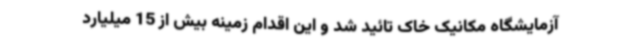
آزمایشگاه مکانیک خاک تائید شد و این اقدام زمینه بیش از 15 میلیارد